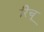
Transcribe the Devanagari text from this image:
रिचू